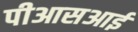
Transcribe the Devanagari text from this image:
पीआसआई